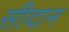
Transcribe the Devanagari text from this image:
सीदान